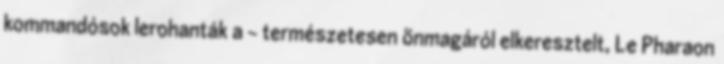
kommandósok lerohanták a – természetesen önmagáról elkeresztelt, Le Pharaon